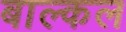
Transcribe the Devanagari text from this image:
बाल्कल